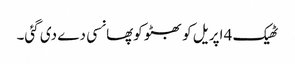
ٹھیک 4 اپریل کو بھٹو کوپھانسی دے دی گئی۔